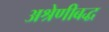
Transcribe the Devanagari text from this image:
अश्रेणीबद्ध